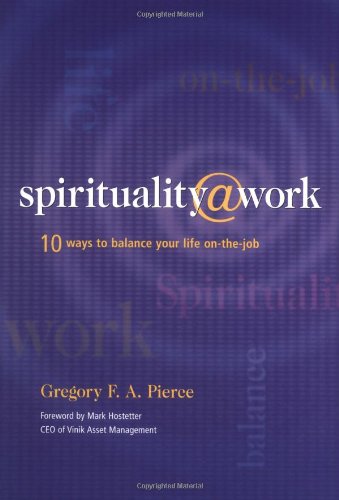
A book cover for Spirituality at Work: 10 Ways to Balance Your Life On-the-Job; Gregory F. A. Pierce; Business & Money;